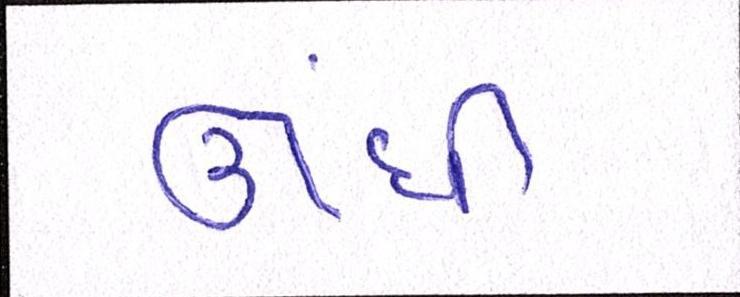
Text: ઊંધી